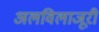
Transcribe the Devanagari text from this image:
अलविलाजूरी